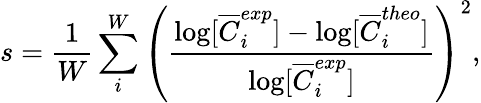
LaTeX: s=\frac{1}{W}\sum_{i}^{W}\left(\frac{\log[\overline{{C}}_{i}^{exp}]-\log[\overline{{C}}_{i}^{theo}]}{\log[\overline{{C}}_{i}^{exp}]}\right)^{2},